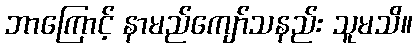
ဘာကြောင့် နာမည်ကျော်သနည်း သူမသိ။